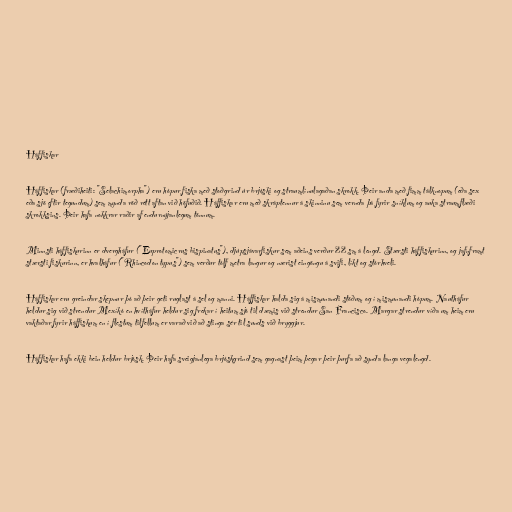
Háffiskar

Háffiskar (fræðiheiti: "Selachimorpha") eru hópur fiska með stoðgrind úr brjóski og straumlínulagaðan skrokk. Þeir anda með fimm tálknopum (eða sex
eða sjö eftir tegundum) sem mynda röð rétt aftan við höfuðið. Háffiskar eru með skráptennur á skinninu sem vernda þá fyrir sníklum og auka straumflæði
skrokksins. Þeir hafa nokkrar raðir af endurnýjanlegum tönnum.

Minnsti háffiskurinn er dvergháfur ("Euprotomicrus bispinatus"), djúpsjávarfiskur sem aðeins verður 22 sm á lengd. Stærsti háffiskurinn, og jafnframt
stærsti fiskurinn, er hvalháfur ("Rhincodon typus") sem verður tólf metra langur og nærist eingöngu á svifi, líkt og stórhveli.

Háffiskar eru greindar skepnur þó að þeir geti ruglast á sel og manni. Háffiskar halda sig á mismunandi stöðum og í mismunandi hópum. Nautháfur
heldur sig við strendur Mexíkó en hvítháfur heldur sig frekar í heitum sjó til dæmis við strendur San Francisco. Margar strendur víða um heim eru
vaktaðar fyrir háffiskum en í flestum tilfellum er varað við að stinga sér til sunds við bryggjur.

Háffiskar hafa ekki bein heldur brjósk. Þeir hafa sveigjanlega brjóskgrind sem gagnast þeim þegar þeir þurfa að synda langa vegalengd.